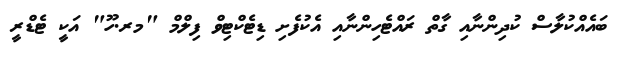
ބައެއްކުލާސް ކުދިންނާއި ގާތް ރައްޓެހިންނާއި އެކުފެށި ޑިޓެކްޓިވް ފިލްމް "މރ.ހޫ" އަކީ ޓެޑްރީ